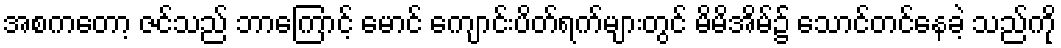
အစကတော့ ဇင်သည် ဘာကြောင့် မောင် ကျောင်းပိတ်ရက်များတွင် မိမိအိမ်၌ သောင်တင်နေခဲ့ သည်ကို